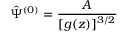
\hat { \Psi } ^ { ( 0 ) } = \frac { A } { [ g ( z ) ] ^ { 3 / 2 } }